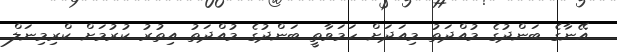
އޭނާގެ ބަންދުގެ މުއްދަތު މިއަދަށް ހަމަވާތީ ބަންދުގެ މުއްދަތު އިތުރު ކުރުމަށް ކްރިމިނަލް